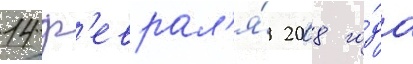
14 ф'еврал'я́ 2008 го́да